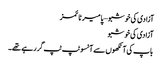
آزادی کی خوشبو – پامیر ٹائمز
آزادی کی خوشبو
باپ کی آنکھوں سے آنسو ٹپ ٹپ گر رہے تھے۔